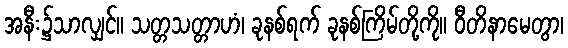
အနီး၌သာလျှင်။ သတ္တသတ္တာဟံ၊ ခုနစ်ရက် ခုနစ်ကြိမ်တို့ကို။ ဝီတိနာမေတွာ၊